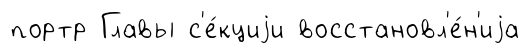
портр Главы с'е́кциjи восстановл'е́н'иjа